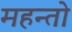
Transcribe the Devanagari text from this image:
महन्तो